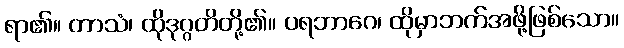
ရာ၏။ တာသံ၊ ထိုဒုဂ္ဂတိတို့၏။ ပရဘာဂေ၊ ထိုမှာဘက်အဖို့ဖြစ်သော။